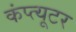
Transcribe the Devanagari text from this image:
कंप्त्यूटर